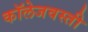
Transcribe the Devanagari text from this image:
कॉलेजवस्ती